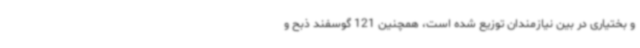
و بختیاری در بین نیازمندان توزیع شده است، همچنین 121 گوسفند ذبح و